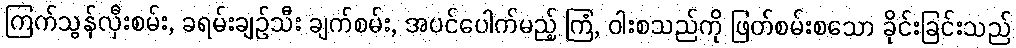
ကြက်သွန်လှီးစမ်း, ခရမ်းချဉ်သီး ချက်စမ်း, အပင်ပေါက်မည့် ကြံ, ဝါးစသည်ကို ဖြတ်စမ်းစသော ခိုင်းခြင်းသည်